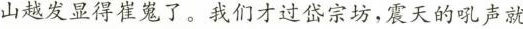
山越发显得崔冤了。我们才过岱宗坊，震天的吼声就